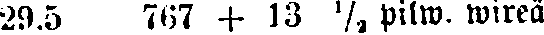
29.5 767 + 13 ½ pilw. wireä